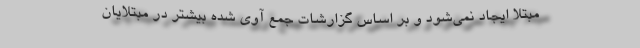
مبتلا ایجاد نمی‌شود و بر اساس گزارشات جمع آوی شده بیشتر در مبتلایان